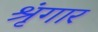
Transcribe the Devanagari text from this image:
श्रृंंगार